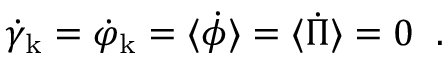
\dot { \gamma } _ { \mathrm { k } } = \dot { \varphi } _ { \mathrm { k } } = \langle \dot { \phi } \rangle = \langle \dot { \Pi } \rangle = 0 \; \; .